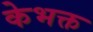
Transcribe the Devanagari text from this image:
केभक्त